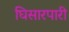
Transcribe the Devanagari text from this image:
घिसारपारी